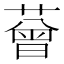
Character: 𦼏